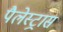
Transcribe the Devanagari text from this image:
पैलेस्ट्रास